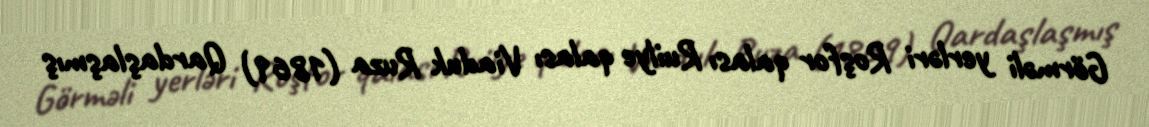
Görməli yerləri Roşfor qalası Ruilye qalası Viaduk Ruza (1869) Qardaşlaşmış